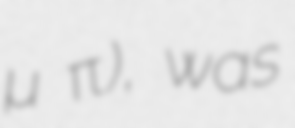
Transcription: Ποταμός ὑπένερθεν), was